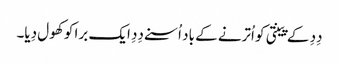
دِدِ کے پینتی کو اُترنے کے باد اُسنے دِدِ ایک برا کو کھول دِیا۔